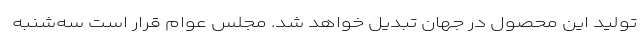
تولید این محصول در جهان تبدیل خواهد شد. مجلس عوام قرار است سه‌شنبه